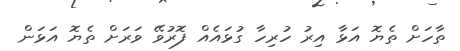
ތާހަށް ތެޔޮ އަޅާ އިރު ހުރިހާ ގުޅައެއް ފޮރުވޭ ވަރަށް ތެޔޮ އަޅަން